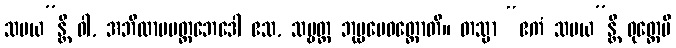
သမယ”န္တိ ဝါ, အဘိလာပမတ္တဘေဒေါ ဧသ, သဗ္ဗတ္ထ ဘုမ္မမေဝတ္ထောတိ။ တသ္မာ “ဧကံ သမယ”န္တိ ဝုတ္တေပိ